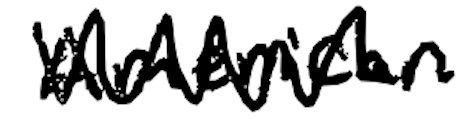
Text: American
Cross-out: mix
Writing tool: digital_black